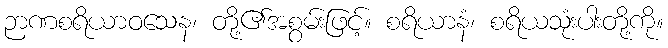
ဉာဏစရိယာဝသေန၊ တို့၏အစွမ်းဖြင့်။ စရိယာနံ၊ စရိယသုံးပါးတို့ကို။